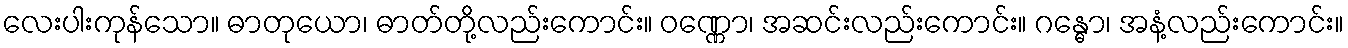
လေးပါးကုန်သော။ ဓာတုယော၊ ဓာတ်တို့လည်းကောင်း။ ဝဏ္ဏော၊ အဆင်းလည်းကောင်း။ ဂန္ဓော၊ အနံ့လည်းကောင်း။